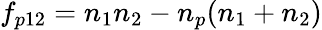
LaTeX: f_{p12}=n_{1}n_{2}-n_{p}(n_{1}+n_{2})